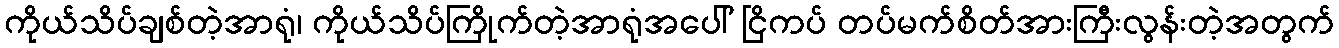
ကိုယ်သိပ်ချစ်တဲ့အာရုံ၊ ကိုယ်သိပ်ကြိုက်တဲ့အာရုံအပေါ် ငြိကပ် တပ်မက်စိတ်အားကြီးလွန်းတဲ့အတွက်